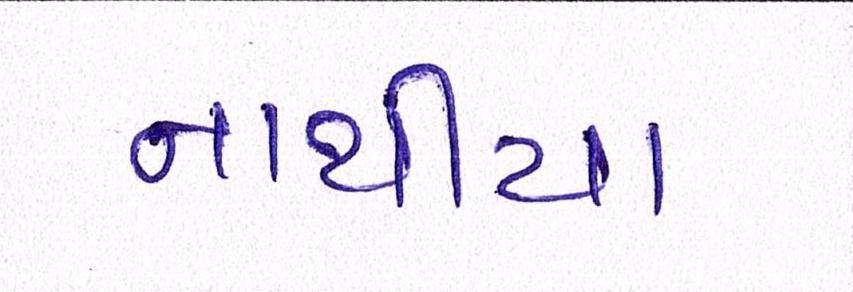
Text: નાથીયા